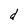
Character: d